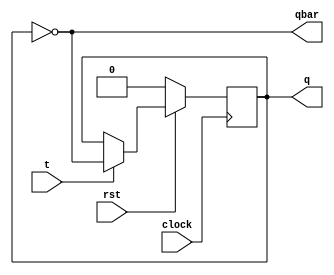
module tff(qbar,q,t,clock,rst) ;
input t,clock,rst ;
output reg q ;
output qbar ;
always @(posedge clock) begin
  if(!rst)
    q<=0;
  else if(t == 1'b1)
q<=~q;
else 
q<=q;
end
assign qbar=~q;
endmodule